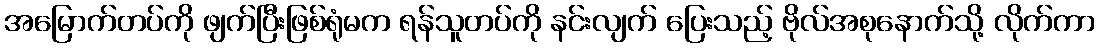
အမြောက်တပ်ကို ဖျက်ပြီးဖြစ်ရုံမက ရန်သူတပ်ကို နင်းလျက် ပြေးသည့် ဗိုလ်အစုနောက်သို့ လိုက်ကာ